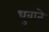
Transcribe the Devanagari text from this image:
ध्रुवाने